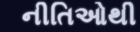
નીતિઓથી